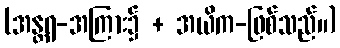
(အန္တရ-အကြား၌ + အယိက-ဖြစ်သည်။)